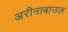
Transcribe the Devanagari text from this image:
अरीनाबाउल